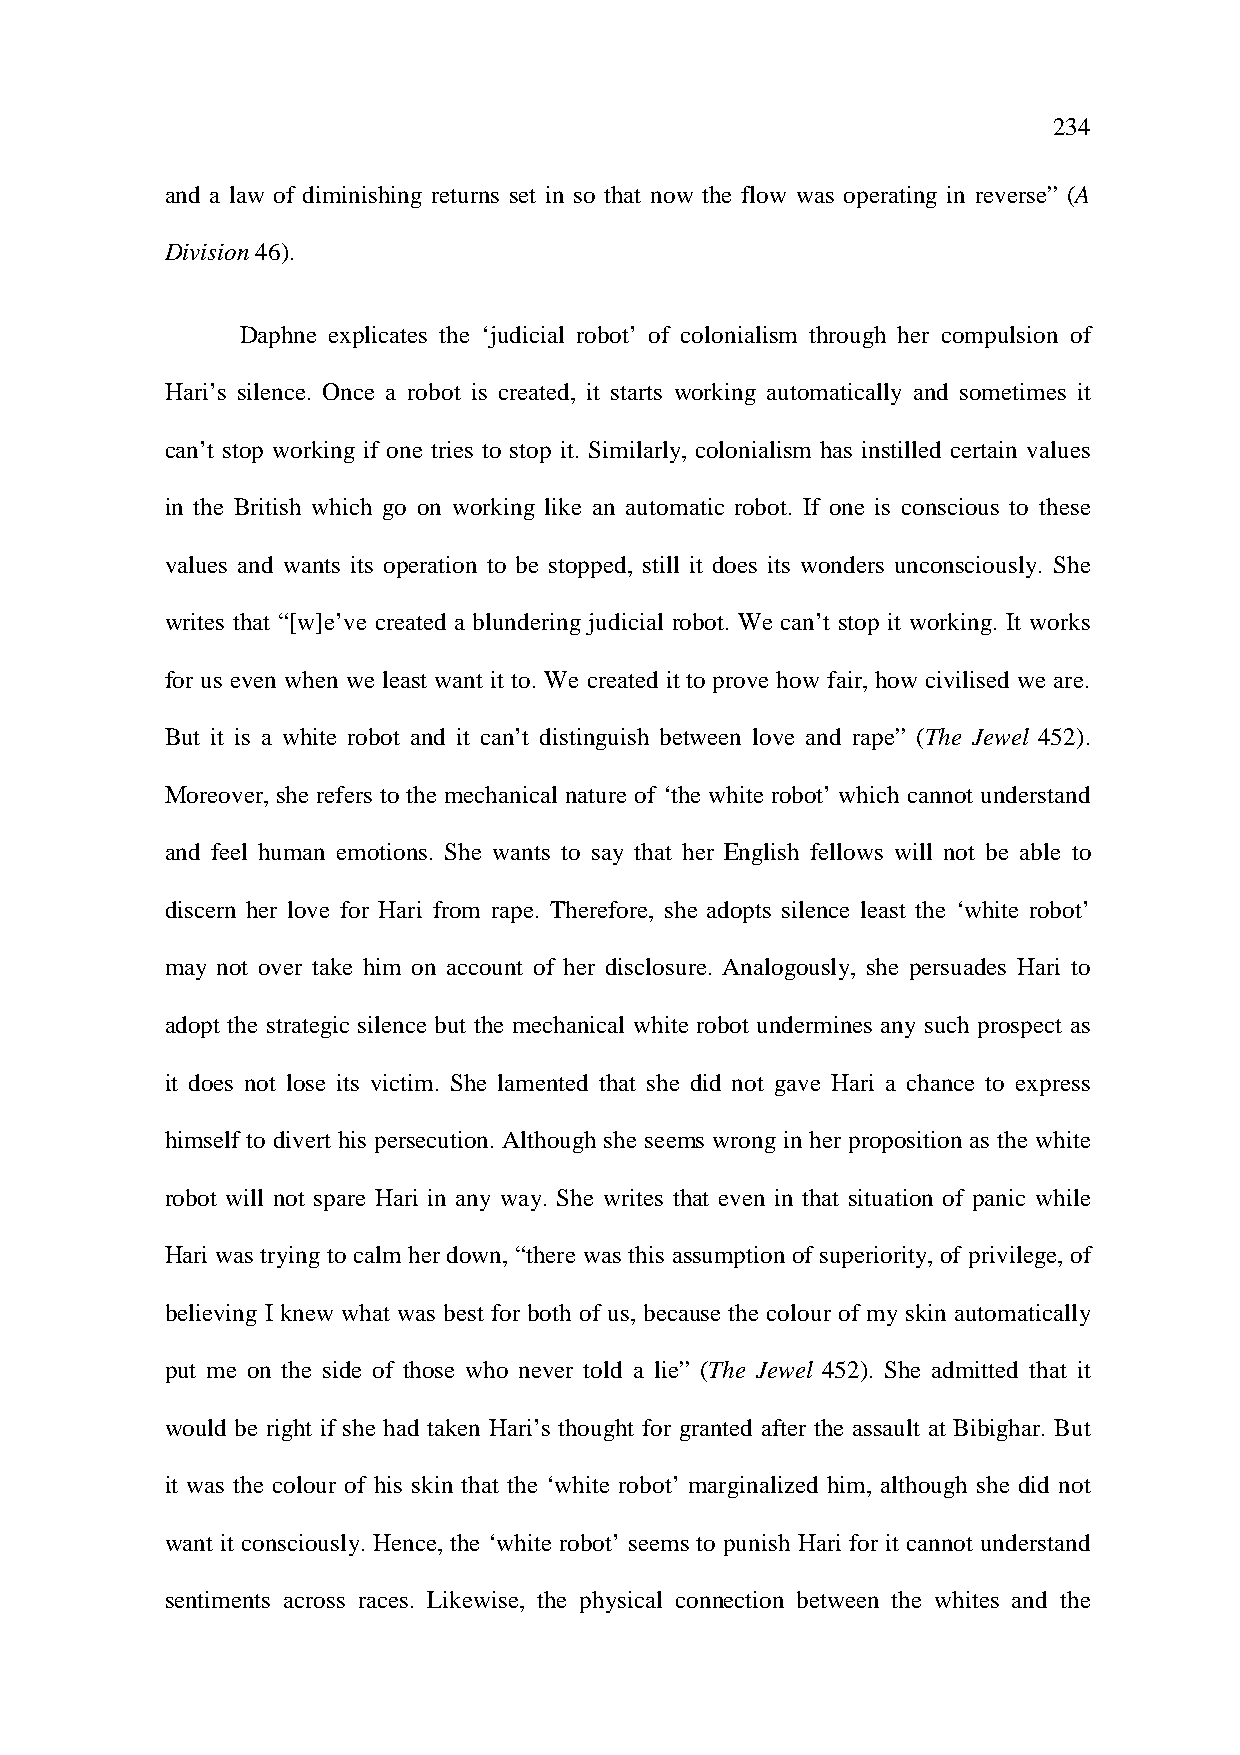
234
 and a law of diminishing returns set in so that now the flow was operating in reverse” (A
 Division 46).
 Daphne explicates the ‘judicial robot’ of colonialism through her compulsion of
 Hari’s silence. Once a robot is created, it starts working automatically and sometimes it
 can’t stop working if one tries to stop it. Similarly, colonialism has instilled certain values
 in the British which go on working like an automatic robot. If one is conscious to these
 values and wants its operation to be stopped, still it does its wonders unconsciously. She
 writes that “[w]e’ve created a blundering judicial robot. We can’t stop it working. It works
 for us even when we least want it to. We created it to prove how fair, how civilised we are.
 But it is a white robot and it can’t distinguish between love and rape” (The Jewel 452).
 Moreover, she refers to the mechanical nature of ‘the white robot’ which cannot understand
 and feel human emotions. She wants to say that her English fellows will not be able to
 discern her love for Hari from rape. Therefore, she adopts silence least the ‘white robot’
 may not over take him on account of her disclosure. Analogously, she persuades Hari to
 adopt the strategic silence but the mechanical white robot undermines any such prospect as
 it does not lose its victim. She lamented that she did not gave Hari a chance to express
 himself to divert his persecution. Although she seems wrong in her proposition as the white
 robot will not spare Hari in any way. She writes that even in that situation of panic while
 Hari was trying to calm her down, “there was this assumption of superiority, of privilege, of
 believing I knew what was best for both of us, because the colour of my skin automatically
 put me on the side of those who never told a lie” (The Jewel 452). She admitted that it
 would be right if she had taken Hari’s thought for granted after the assault at Bibighar. But
 it was the colour of his skin that the ‘white robot’ marginalized him, although she did not
 want it consciously. Hence, the ‘white robot’ seems to punish Hari for it cannot understand
 sentiments across races. Likewise, the physical connection between the whites and the